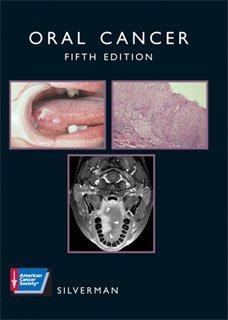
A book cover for Oral Cancer (American Cancer Society Atlas of Clinical Oncology); Sol Silverman Jr.; Medical Books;